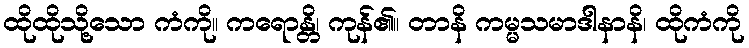
ထိုထိုသို့သော ကံကို။ ကရောန္တိ၊ ကုန်၏။ တာနိ ကမ္မသမာဒါနာနိ၊ ထိုကံကို